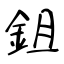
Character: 鉏